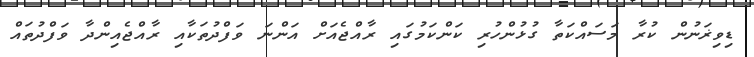
ޑިވިޜަނުން ކުރާ މަސައްކަތާ ގުޅުންހުރި ކަންކަމުގައި ރާއްޖެއަށް އަންނަ ވަފްދުތަކާއި ރާއްޖެއިންދާ ވަފްދުތައް